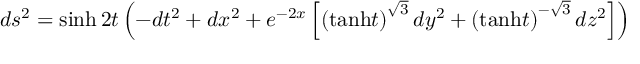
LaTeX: d s ^ { 2 } = \sinh 2 t \left( - d t ^ { 2 } + d x ^ { 2 } + e ^ { - 2 x } \left[ \left( \mathrm { t a n h } t \right) ^ { \sqrt { 3 } } d y ^ { 2 } + \left( \mathrm { t a n h } t \right) ^ { - \sqrt { 3 } } d z ^ { 2 } \right] \right)